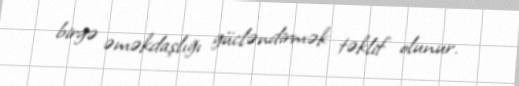
birgə əməkdaşlığı gücləndirmək təklif olunur.